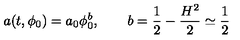
a ( t , \phi _ { 0 } ) = a _ { 0 } \phi _ { 0 } ^ { b } , \qquad b = \frac { 1 } { 2 } - \frac { H ^ { 2 } } { 2 } \simeq \frac { 1 } { 2 }